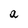
Character: a